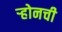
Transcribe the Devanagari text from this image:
ऱ्होनची